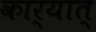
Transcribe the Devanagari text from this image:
कार्यात्